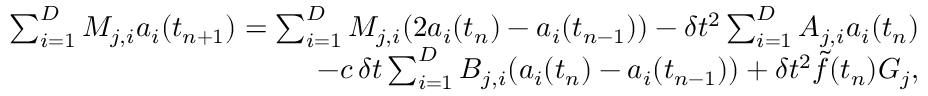
\begin{array} { r } { \sum _ { i = 1 } ^ { D } M _ { j , i } a _ { i } ( t _ { n + 1 } ) = \sum _ { i = 1 } ^ { D } M _ { j , i } ( 2 a _ { i } ( t _ { n } ) - a _ { i } ( t _ { n - 1 } ) ) - \delta t ^ { 2 } \sum _ { i = 1 } ^ { D } A _ { j , i } a _ { i } ( t _ { n } ) } \\ { - c \, \delta t \sum _ { i = 1 } ^ { D } B _ { j , i } ( a _ { i } ( t _ { n } ) - a _ { i } ( t _ { n - 1 } ) ) + \delta t ^ { 2 } \tilde { f } ( t _ { n } ) G _ { j } , } \end{array}